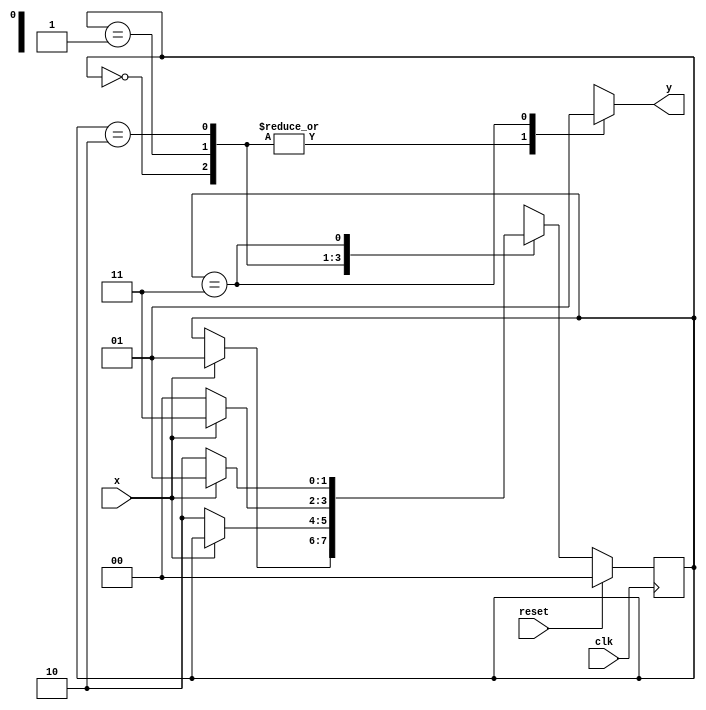
module moore101(
	input x,clk,reset,
	output reg y
    );
	 
	 reg [1:0] cst,nst;
	 
	 parameter s0=2'b00, s1=2'b01, s2=2'b10, s3=2'b11;
	 
	 always@(cst or x) begin
		case(cst)
		s0: begin
				y=0;
				if(x)
					nst=s1;
				else
					nst=cst;
			end	
		s1: begin
				y=0;
				if(~x)
					nst=s2;
				else
					nst=cst;
			end
		s2: begin
				y=0;
				if(x)
					nst=s3;
				else
					nst=s0;
			end
		s3: begin
				y=1;
				if(x)
					nst=s1;
				else
					nst=s2;
			end
		default: nst=s0;
	endcase
	
	end
	
	always@(posedge clk) begin
		if(reset)
			cst <= s0;
		else
			cst <= nst;
	end
	
	//assign y=(cst==s3)  output is depend on current state only in moore 
endmodule